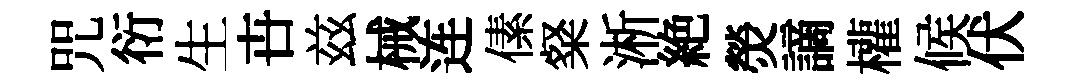
咒衍生卋兹械连傃粲淅絶熒謫權候伏